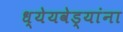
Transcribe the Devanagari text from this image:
ध्येयवेड्यांना